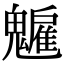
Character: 𩴡